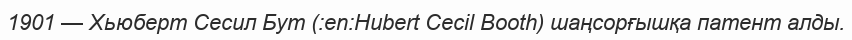
1901 — Хьюберт Сесил Бут (:en:Hubert Cecil Booth) шаңсорғышқа патент алды.